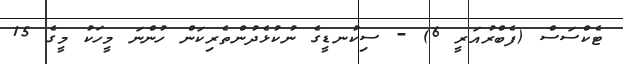
ޓެކްސަސް (ފެބްރުއަރީ 6) - ސިކުނޑީގެ ނުކުޅެދުންތެރިކަން ހުންނަ މީހަކު މީގެ 15